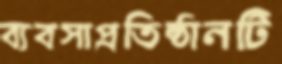
ব্যবসাপ্রতিষ্ঠানটি